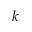
k